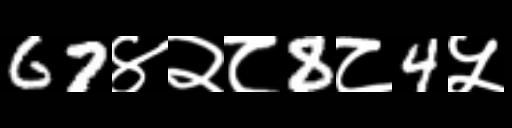
Text: 67४२८8८4५